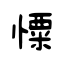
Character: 憟